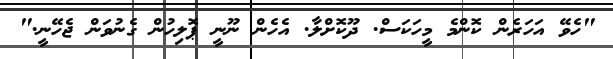
"ހެވޭ އަހަރެން ކޮންމެ މީހަކަސް. ދޫކޮށްލާ. އެހެން ނޫނީ ޕޮލިހުން ގެނުވަން ޖެހޭނީ."